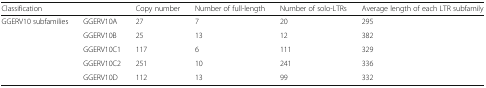
<table><thead><tr><td colspan="2"><b>Classification</b></td><td><b>Copy number</b></td><td><b>Number of full-length</b></td><td><b>Number of solo-LTRs</b></td><td><b>Average length of each LTR subfamily</b></td></tr></thead><tbody><tr><td rowspan="5">GGERV10 subfamilies</td><td>GGERV10A</td><td>27</td><td>7</td><td>20</td><td>295</td></tr><tr><td>GGERV10B</td><td>25</td><td>13</td><td>12</td><td>382</td></tr><tr><td>GGERV10C1</td><td>117</td><td>6</td><td>111</td><td>329</td></tr><tr><td>GGERV10C2</td><td>251</td><td>10</td><td>241</td><td>336</td></tr><tr><td>GGERV10D</td><td>112</td><td>13</td><td>99</td><td>332</td></tr></tbody></table>